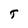
Character: T